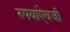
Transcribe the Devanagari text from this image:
रुपयांऐवजी